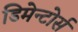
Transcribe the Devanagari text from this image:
डिमेन्टोर्स